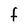
Character: F